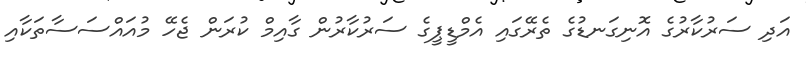
އަދި ސަރުކާރުގެ އޮނިގަނޑުގެ ތެރޭގައި އެމްޑީޕީގެ ސަރުކާރުން ގާއިމް ކުރަން ޖެހޭ މުއައްސަސާތަކާއި